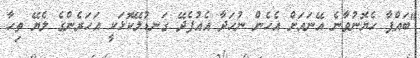
"ބައްޕާ ހެޔޮނުވާނެ އޭނައަށް އެހެން ނުހަދާ އެއުފެދޭ ގަނޑުލޭކޮޅަކީ އަހަރެންގެ ލެޔޭ ތިހާ